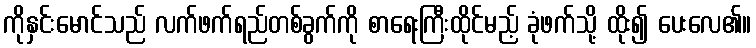
ကိုနှင်းမောင်သည် လက်ဖက်ရည်တစ်ခွက်ကို စာရေးကြီးထိုင်မည့် ခုံဖက်သို့ ထိုး၍ ပေးလေ၏။